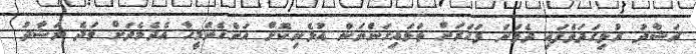
ރަޝާދު ރުޅިގަދަވެފައި ދެވަނަ ފަހަރަށް ތަޅައިގަންނަން އުޅެނިކޮށް އަންހެންމީހާ އެދެމެދަށް ވަދެ ރަޝާދު